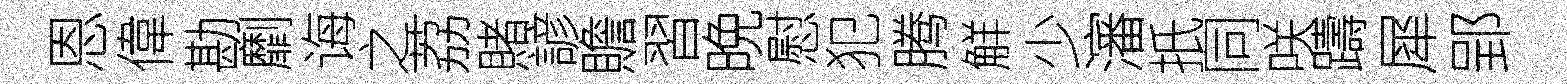
恩偉勘劘诲之荔賭諺贍習晩慰犯腾觧少瀋扺同咲躊犀郢